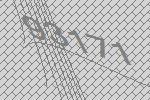
93171